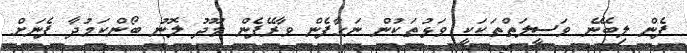
ފެން ލިބޭނެ ވަސީލަތްތަކަކީ ވަޅުތަކުން ނަގާފެން ވާރޭފެން މޫދު ލޮނު ބޯންކަމުދާ ފެނަށް